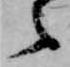
候